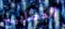
المصابيح